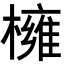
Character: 𭬎